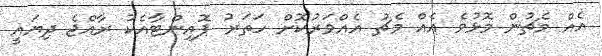
އެއް މެޗުން މޮޅުވެ އެއް މެޗު އެއްވަރުކޮށް ހަތަރު ޕޮއިންޓާއެކު ރާއްޖެ ދިޔައީ